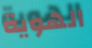
الهوية